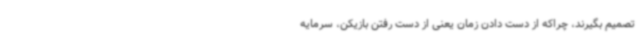
تصمیم بگیرند، چراکه از دست دادن زمان یعنی از دست رفتن بازیکن، سرمایه